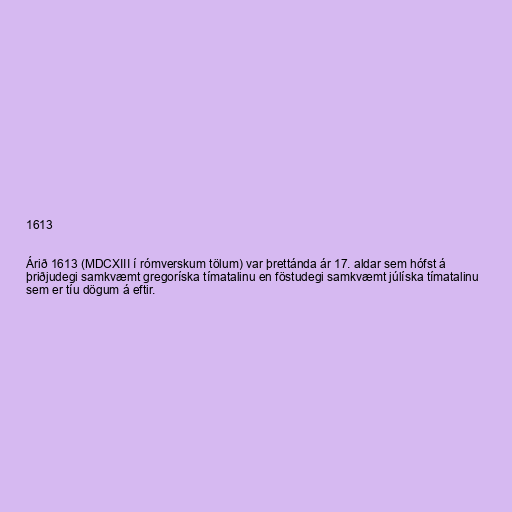
1613

Árið 1613 (MDCXIII í rómverskum tölum) var þrettánda ár 17. aldar sem hófst á
þriðjudegi samkvæmt gregoríska tímatalinu en föstudegi samkvæmt júlíska tímatalinu
sem er tíu dögum á eftir.